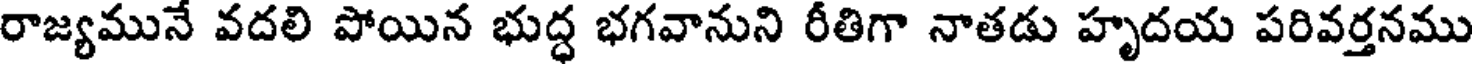
రాజ్యమునే వదలి పోయిన భుద్ధ భగవానుని రీతిగా నాతడు హృదయ పరివర్తనము